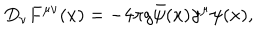
D _ { \nu } F ^ { \mu \nu } ( x ) = - 4 \pi g \bar { \psi } ( x ) \gamma ^ { \mu } \psi ( x ) ,